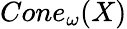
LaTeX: Cone_{\omega}(X)